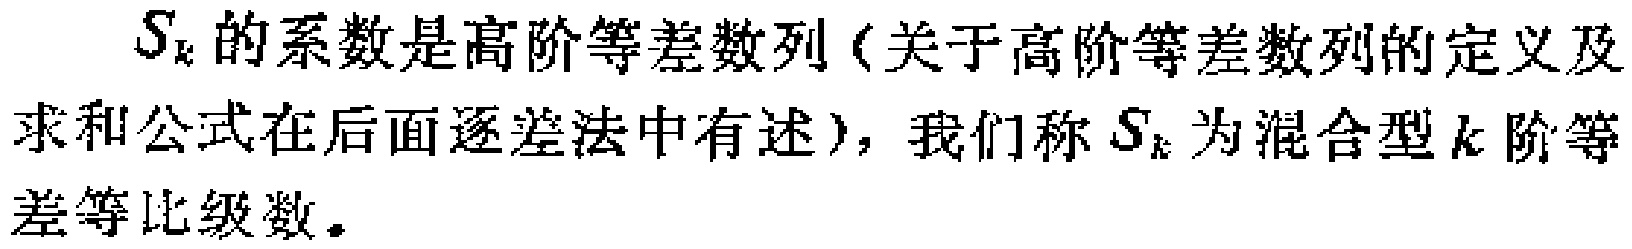
$S_{k}$的系数是高阶等差数列（关于高阶等差数列的定义及求和公式在后面逐差法中有述），我们称$S_{k}$为混合型$k$阶等差等比级数。